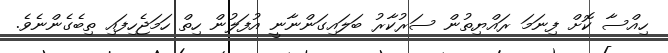
ހިއްސާ ކޮށް ފިނަމަ ރައްޔިތުން ސަރުކާރު ބަލައިގަންނާނީ އުފަލުން ހިތް ހަމަޖެހިފައި ތިބެގެންނެވެ.